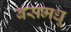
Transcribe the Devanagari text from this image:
बसमधू